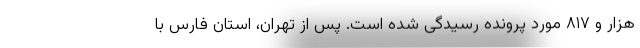
هزار و ۸۱۷ مورد پرونده رسیدگی شده است. پس از تهران، استان فارس با